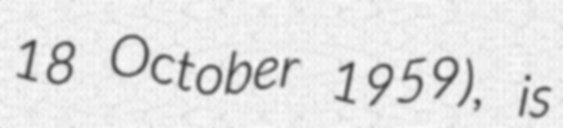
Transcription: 18 October 1959), is